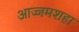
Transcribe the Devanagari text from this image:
आज्जमशहा